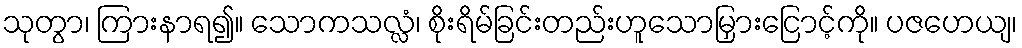
သုတွာ၊ ကြားနာရ၍။ သောကသလ္လံ၊ စိုးရိမ်ခြင်းတည်းဟူသောမြှားငြောင့်ကို။ ပဇဟေယျ၊